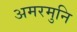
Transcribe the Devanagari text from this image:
अमरमुनि